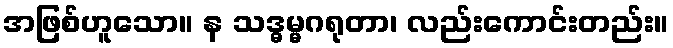
အဖြစ်ဟူသော။ န သဒ္ဓမ္မဂရုတာ၊ လည်းကောင်းတည်း။